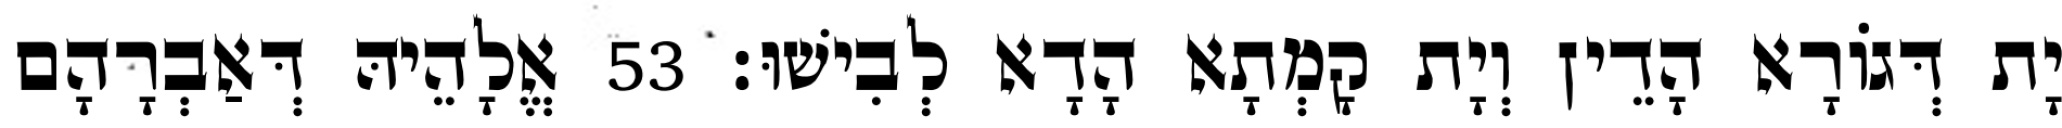
יָת דְּגוֹרָא הָדֵין וְיָת קָמְתָא הָדָא לְבִישׁוּ׃ 53 אֱלָהֵיהּ דְּאַבְרָהָם